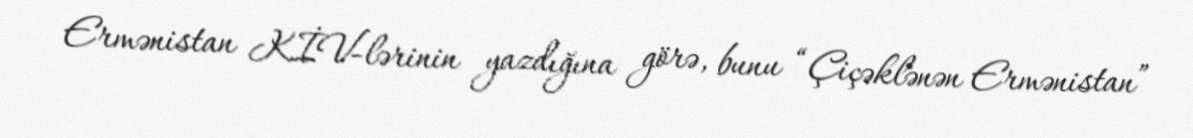
Ermənistan KİV-lərinin yazdığına görə, bunu “Çiçəklənən Ermənistan”